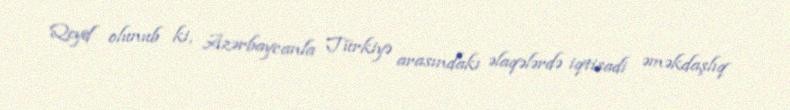
Qeyd olunub ki, Azərbaycanla Türkiyə arasındakı əlaqələrdə iqtisadi əməkdaşlıq